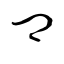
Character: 卿